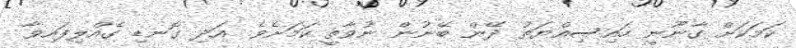
ކަމަކަށް ގާނޫނީ ހައިސިއްޔަތު ދޭން ބޭނުން ނުވާތީ ކަމަށެވެ. އަދި ގޮނޑި ގެއްލިފައިވާ